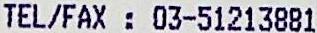
TEL/FAX : 03-51213881